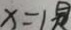
x = 1